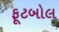
ફૂટબોલ